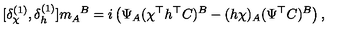
[ \delta _ { \chi } ^ { ( 1 ) } , \delta _ { h } ^ { ( 1 ) } ] m _ { A } ^ { \phantom { A } B } = i \left( \Psi _ { A } ( \chi ^ { \top } h ^ { \top } C ) ^ { B } - ( h \chi ) _ { A } ( \Psi ^ { \top } C ) ^ { B } \right) ,